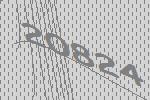
20824